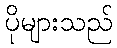
ပိုများသည်